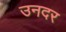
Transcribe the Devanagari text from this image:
उनदर